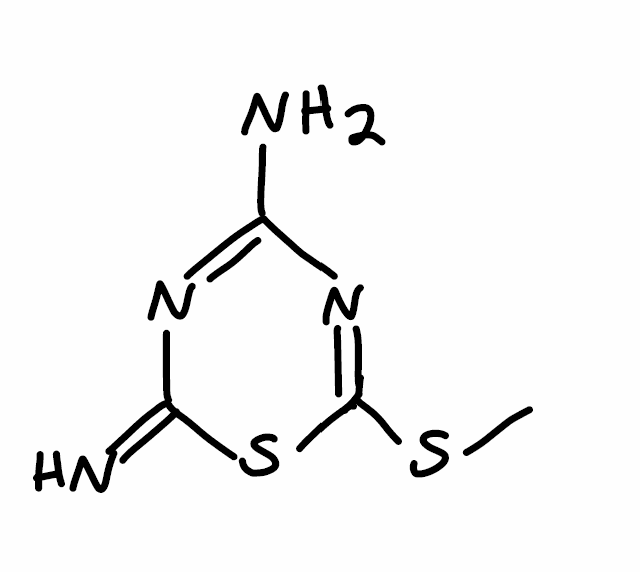
Simplified molecular-input line-entry system (SMILES) notation of the given molecule:
CSC1=NC(=NC(=N)S1)N